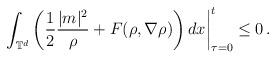
LaTeX: \begin{align*} \left. \int_{\mathbb{T}^d}\left ( \frac{1}{2} \frac{|m|^2}{\rho} + F(\rho,\nabla\rho) \right)dx \right |^{t}_{\tau=0}\leq 0\, .\end{align*}